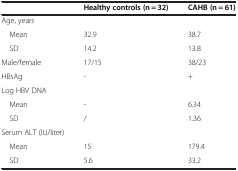
<table><thead><tr><td><b> </b></td><td><b>Healthy controls (n = 32)</b></td><td><b>CAHB (n = 61)</b></td></tr></thead><tbody><tr><td>Age, years</td><td> </td><td> </td></tr><tr><td> Mean</td><td>32.9</td><td>38.7</td></tr><tr><td> SD</td><td>14.2</td><td>13.8</td></tr><tr><td>Male/female</td><td>17/15</td><td>38/23</td></tr><tr><td>HBsAg</td><td>-</td><td>+</td></tr><tr><td>Log HBV DNA</td><td> </td><td> </td></tr><tr><td> Mean</td><td>-</td><td>6.34</td></tr><tr><td> SD</td><td>/</td><td>1.36</td></tr><tr><td>Serum ALT (IU/liter)</td><td> </td><td> </td></tr><tr><td> Mean</td><td>15</td><td>179.4</td></tr><tr><td> SD</td><td>5.6</td><td>33.2</td></tr></tbody></table>